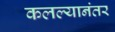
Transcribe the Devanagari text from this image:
कलल्यानंतर